Report of the Imperial Institute of Veterinary Research, Muktesar
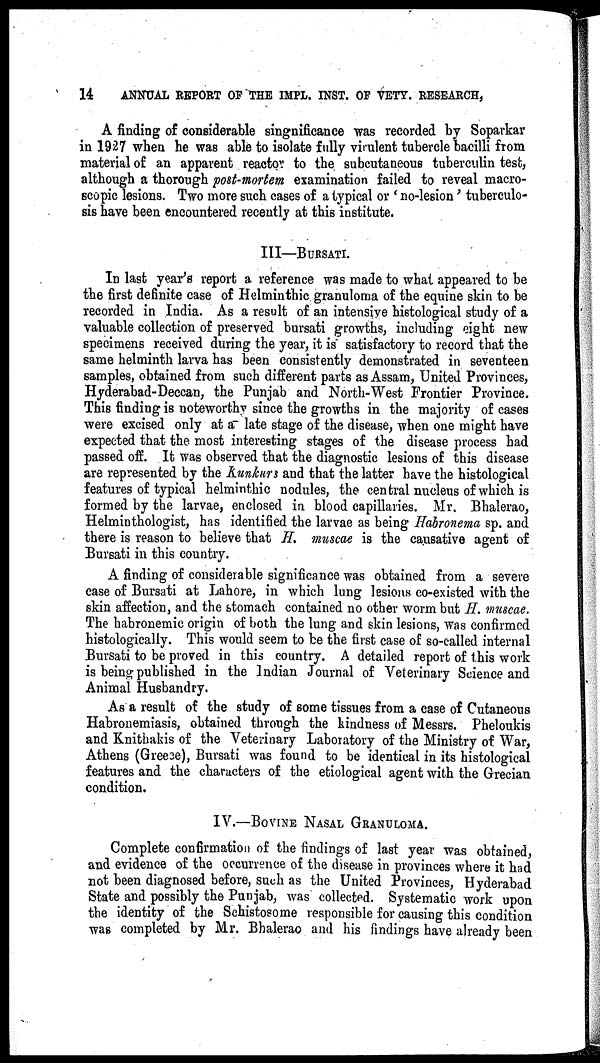
14
ANNUAL REPORT OF THE IMPL. INST. OF VETY. RESEARCH,
A finding of considerable singnificance was recorded by Soparkar
in 1927 when he was able to isolate fully virulent tubercle bacilli from
material of an apparent reactor to the subcutaneous tuberculin test,
although a thorough post-mortem examination failed to reveal macro-
scopic lesions. Two more such cases of a typical or ' no-lesion ' tuberculo-
sis have been encountered recently at this institute.
III—BURSATI.
In last year's report a reference was made to what appeared to be
the first definite case of Helminthic granuloma of the equine skin to be
recorded in India. As a result of an intensive histological study of a
valuable collection of preserved bursati growths, including eight new
specimens received during the year, it is satisfactory to record that the
same helminth larva has been consistently demonstrated in seventeen
samples, obtained from such different parts as Assam, United Provinces,
Hyderabad-Deccan, the Punjab and North-West Frontier Province.
This finding is noteworthy since the growths in the majority of cases
were excised only at a late stage of the disease, when one might have
expected that the most interesting stages of the disease process had
passed off. It was observed that the diagnostic lesions of this disease
are represented by the Kunkurs and that the latter have the histological
features of typical helminthic nodules, the central nucleus of which is
formed by the larvae, enclosed in blood capillaries. Mr. Bhalerao,
Helminthologist, has identified the larvae as being Habronema sp. and
there is reason to believe that H. muscae is the causative agent of
Bursati in this country.
A finding of considerable significance was obtained from a severe
case of Bursati at Lahore, in which lung lesions co-existed with the
skin affection, and the stomach contained no other worm but H. muscae.
The habronemic origin of both the lung and skin lesions, was confirmed
histologically. This would seem to be the first case of so-called internal
Bursati to be proved in this country. A detailed report of this work
is being published in the Indian Journal of Veterinary Science and
Animal Husbandry.
As a result of the study of some tissues from a case of Cutaneous
Habronemiasis, obtained through the kindness of Messrs. Pheloukis
and Knithakis of the Veterinary Laboratory of the Ministry of War,
Athens (Greece), Bursati was found to be identical in its histological
features and the characters of the etiological agent with the Grecian
condition.
IV.—BOVINE NASAL GRANULOMA.
Complete confirmation of the findings of last year was obtained,
and evidence of the occurrence of the disease in provinces where it had
not been diagnosed before, such as the United Provinces, Hyderabad
State and possibly the Punjab, was collected. Systematic work upon
the identity of the Schistosome responsible for causing this condition
was completed by Mr. Bhalerao and his findings have already been